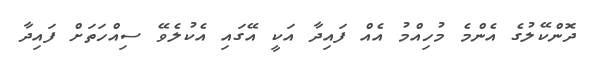
ދޮންކޭލުގެ އެންމެ މުހިއްމު އެއް ފައިދާ އަކީ އޭގައި އެކުލެވޭ ސިއްހަތަށް ފައިދާ